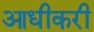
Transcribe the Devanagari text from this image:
आधीकरी